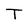
Character: T